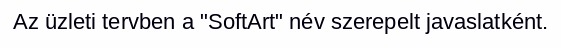
Az üzleti tervben a "SoftArt" név szerepelt javaslatként.